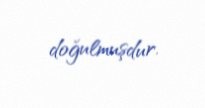
doğulmuşdur.